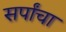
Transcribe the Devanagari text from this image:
सर्पांचा